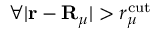
\forall \vert \mathbf { r } - \mathbf { R } _ { \mu } \vert > r _ { \mu } ^ { \mathrm { c u t } }